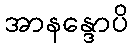
အာနန္ဒောပိ